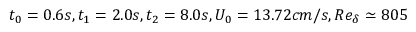
t _ { 0 } = 0 . 6 s , t _ { 1 } = 2 . 0 s , t _ { 2 } = 8 . 0 s , U _ { 0 } = 1 3 . 7 2 c m / s , R e _ { \delta } \simeq 8 0 5